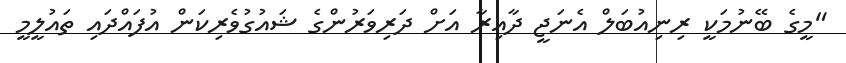
"މީގެ ބޭނުމަކީ ރިނިއުބަލް އެނަޖީ ދާއިރާ އަށް ދަރިވަރުންގެ ޝައުގުވެރިކަން އުފައްދައި ތައުލީމީ